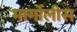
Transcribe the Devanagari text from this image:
मार्गोलीस